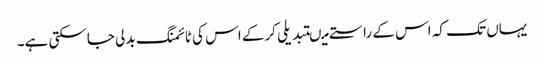
یہاں تک کہ اس کے راستے میںتبدیلی کرکے اس کی ٹائمنگ بدلی جاسکتی ہے۔